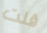
قلت